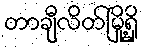
တာချီလိတ်မြို့ရှိ